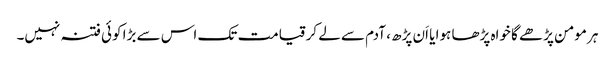
ہر مومن پڑھے گا خواہ پڑھا ہوا یا اَن پڑھ ، آدم سے لے کرقیامت تک اس سے بڑا کوئی فتنہ نہیں۔